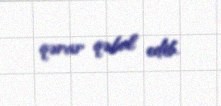
qərar qəbul edib.